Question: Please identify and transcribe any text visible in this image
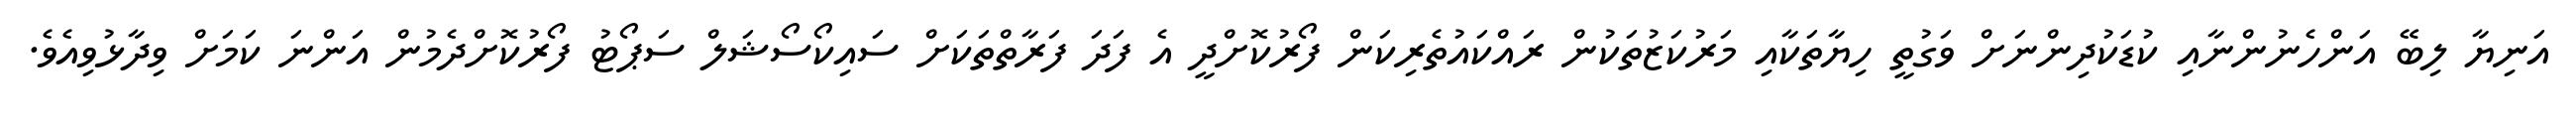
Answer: އަނިޔާ ލިބޭ އަންހެނުންނާއި ކުޑަކުދިންނަށް ވަގުތީ ހިޔާތަކާއި މަރުކަޒުތަކުން ރައްކައުތެރިކަން ފޯރުކޮށްދީ އެ ފަދަ ފަރާތްތަކަށް ސައިކޯސޯޝަލް ސަޕޯޓު ފޯރުކޮށްދެމުން އަންނަ ކަމަށް ވިދާޅުވިއެވެ.